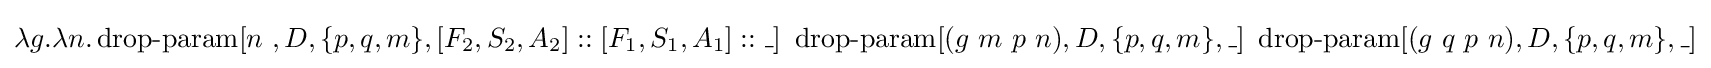
\lambda g.\lambda n.\operatorname {drop-param} [n\ ,D,\{p,q,m\},[F_{2},S_{2},A_{2}]::[F_{1},S_{1},A_{1}]::\_]\ \operatorname {drop-param} [(g\ m\ p\ n),D,\{p,q,m\},\_]\ \operatorname {drop-param} [(g\ q\ p\ n),D,\{p,q,m\},\_]